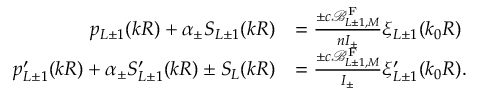
\begin{array} { r l } { p _ { L \pm 1 } ( k R ) + \alpha _ { \pm } S _ { L \pm 1 } ( k R ) } & { = \frac { \pm c \mathcal { B } _ { L \pm 1 , M } ^ { \mathrm { F } } } { n { \cal I } _ { \pm } } \xi _ { L \pm 1 } ( k _ { 0 } R ) } \\ { p _ { L \pm 1 } ^ { \prime } ( k R ) + \alpha _ { \pm } S _ { L \pm 1 } ^ { \prime } ( k R ) \pm S _ { L } ( k R ) } & { = \frac { \pm c \mathcal { B } _ { L \pm 1 , M } ^ { \mathrm { F } } } { { \cal I } _ { \pm } } \xi _ { L \pm 1 } ^ { \prime } ( k _ { 0 } R ) . } \end{array}